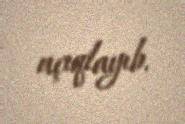
açıqlayıb.